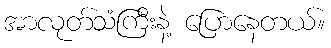
အာလုတ်သံကြီးနဲ့ ပြောနေတယ်။